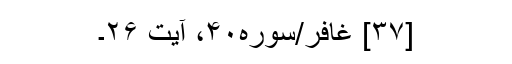
[۳۷] غافر/سوره۴۰، آیت ۲۶۔